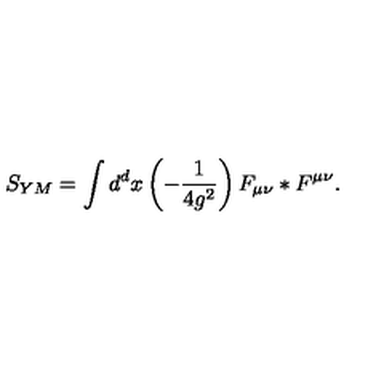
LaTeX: S _ { Y M } = \int d ^ { d } x \left( - \frac { 1 } { 4 g ^ { 2 } } \right) F _ { \mu \nu } * F ^ { \mu \nu } .